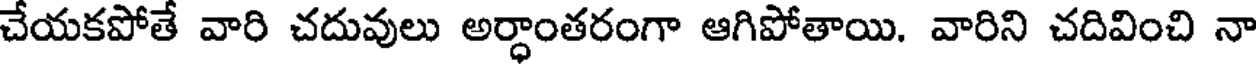
చేయకపోతే వారి చదువులు అర్ధాంతరంగా ఆగిపోతాయి. వారిని చదివించి నా